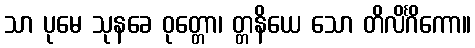
သာ ပုမေ သုနခေ ဝုတ္တော၊ တ္တနိယေ သော တိလိင်္ဂိကော။